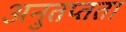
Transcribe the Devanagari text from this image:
अनुतप्तता